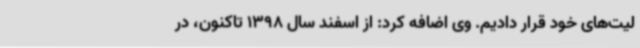
لیت‌های خود قرار دادیم. وی اضافه کرد: از اسفند سال 1398 تاکنون، در